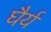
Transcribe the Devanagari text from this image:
घैर्य